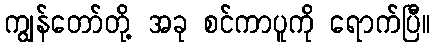
ကျွန်တော်တို့ အခု စင်ကာပူကို ရောက်ပြီ။